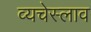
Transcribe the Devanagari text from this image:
व्यचेस्लाव